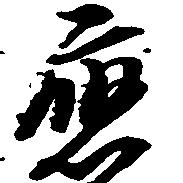
応